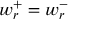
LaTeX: w _ { r } ^ { + } = w _ { r } ^ { - }